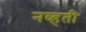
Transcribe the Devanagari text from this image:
नव्‍हती